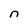
Character: n